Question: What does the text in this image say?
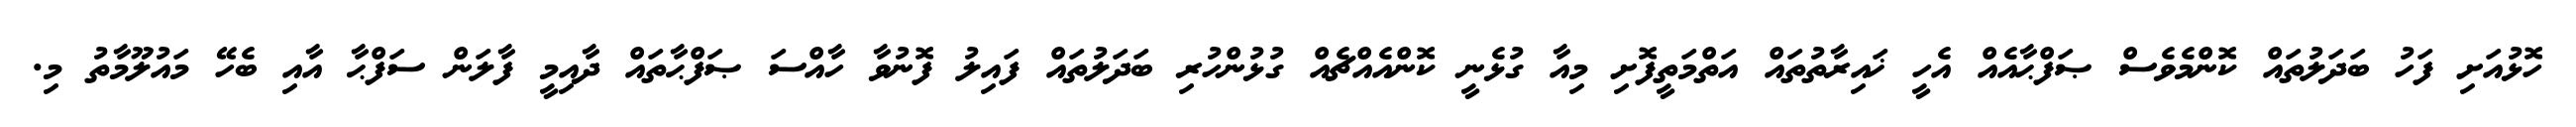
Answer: ހޮޅުއަށި ފަހު ބަދަލުތައް ކޮންމެވެސް ޞަފްޙާއެއް އެހީ ޚައިރާތުތައް އަތްމަތީފޮށި މިއާ ގުޅެނީ ކޮންއެއްޗެއް ގުޅުންހުރި ބަދަލުތައް ފައިލު ފޮނުވާ ހާއްސަ ޞަފްޙާތައް ދާއިމީ ފާލަން ސަފްޙާ އާއި ބެހޭ މައުލޫމާތު މި.